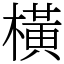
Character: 橫